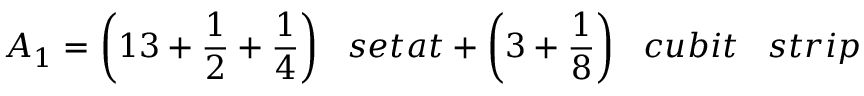
A _ { 1 } = { \bigg ( } 1 3 + { \frac { 1 } { 2 } } + { \frac { 1 } { 4 } } { \bigg ) } \; \; \; s e t a t + { \bigg ( } 3 + { \frac { 1 } { 8 } } { \bigg ) } \; \; \; c u b i t \; \; \; s t r i p